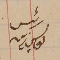
رئيس يوسف زينه